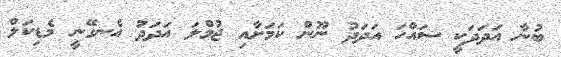
ބުނާ އަދަދަކީ ސައްހަ އަދަދު ނޫން ކަމަށާއި ޖުމްލަ އަދަދު އެނގޭނީ މެޑިކަލް